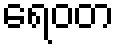
ရေဝတ